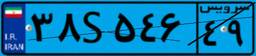
۶۵S۴۷۷۹۱